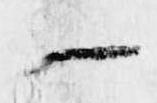
一